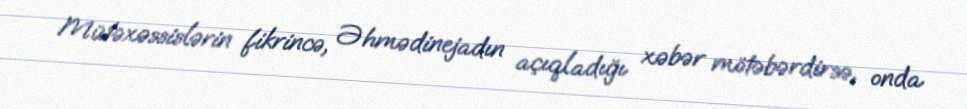
Mütəxəssislərin fikrincə, Əhmədinejadın açıqladığı xəbər mötəbərdirsə, onda